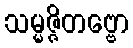
သမ္မဇ္ဇိတဗ္ဗော